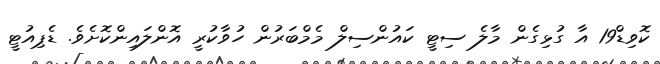
ކޮވިޑް19 އާ ގުޅިގެން މާލެ ސިޓީ ކައުންސިލް މެމްބަރުން ހުވާކުރީ އޮންލައިންކޮށެވެ. ޑެޕިއުޓީ